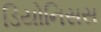
ડિયોનિસસ